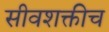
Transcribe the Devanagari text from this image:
सीवशक्तीच